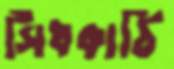
সিঁধকাঠি